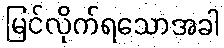
မြင်လိုက်ရသောအခါ